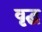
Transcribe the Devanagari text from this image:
वृद्घ